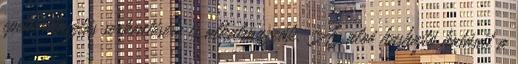
epekiválasztás serkentésére is alkalmazzák. Az aloé hashajtó hatását a